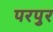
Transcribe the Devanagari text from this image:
परपुर